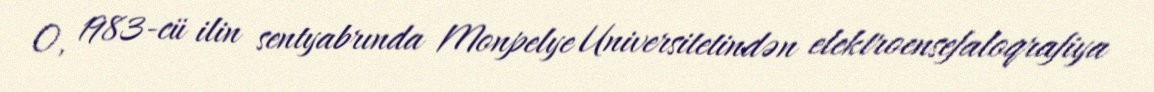
O, 1983-cü ilin sentyabrında Monpelye Universitetindən elektroensefaloqrafiya